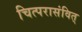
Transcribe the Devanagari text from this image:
चित्परासंवित्